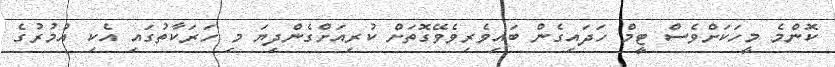
ކޮންމެ މީހަކަށްވެސް ޓީމް ހަދައިގެން ބައިވެރިވެވޭގޮތަށް ކުރިއަށްގެންދިޔަ މި ހަރަކާތުގައި އެކި އުމުރުގެ